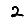
Digit: 2